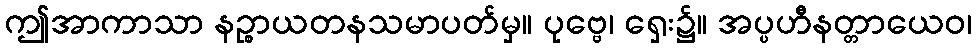
ဤအာကာသာ နဉ္စာယတနသမာပတ်မှ။ ပုဗ္ဗေ၊ ရှေး၌။ အပ္ပဟီနတ္တာယေဝ၊